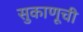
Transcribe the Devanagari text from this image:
सुकाणूची